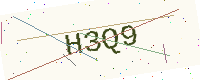
Text: H3Q9